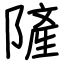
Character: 隡